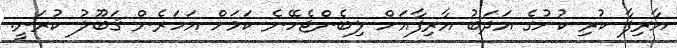
އާރިފާ ކުރި ކުށުގެ އަދަބު އާރިފާއަށް ލިބެންޖެހޭނެ ކަމަށް އަހަރެން ޤަބޫލު ކުރަނީ.